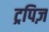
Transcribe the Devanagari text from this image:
ट्रपिज़